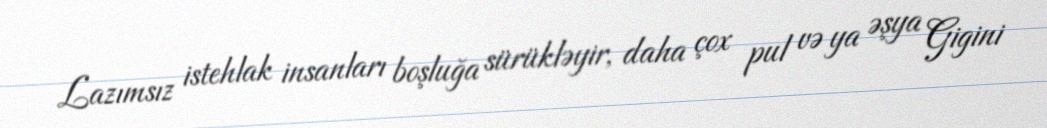
Lazımsız istehlak insanları boşluğa sürükləyir, daha çox pul və ya əşya Gigini